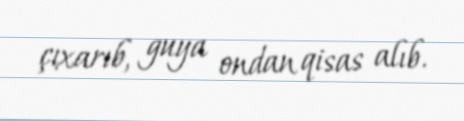
çıxarıb, guya ondan qisas alıb.